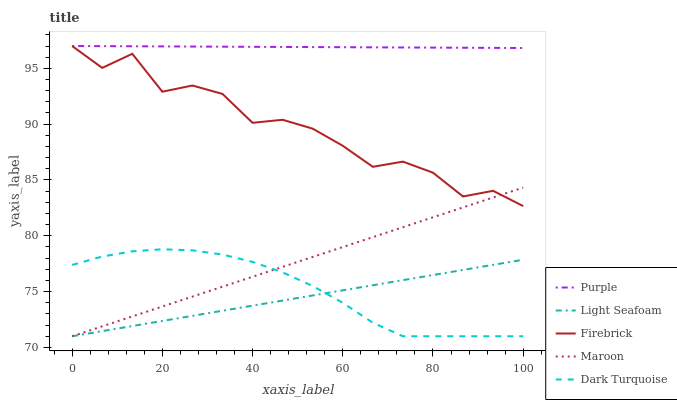
| xaxis_label | Purple | Light Seafoam | Firebrick | Maroon | Dark Turquoise |
 | --- | --- | --- | --- | --- | --- |
 | 0 | 97 | 71 | 97 | 71 | 77.4 |
 | 6.67 | 97 | 71.5 | 95 | 71.9 | 78.1 |
 | 13.3 | 97 | 71.9 | 96.3 | 72.8 | 78.6 |
 | 20 | 97 | 72.4 | 92.9 | 73.7 | 78.8 |
 | 26.7 | 97 | 72.8 | 93.5 | 74.6 | 78.7 |
 | 33.3 | 96.9 | 73.3 | 92.7 | 75.4 | 78.3 |
 | 40 | 96.9 | 73.7 | 90.1 | 76.3 | 77.7 |
 | 46.7 | 96.9 | 74.2 | 90.4 | 77.2 | 76.7 |
 | 53.3 | 96.9 | 74.7 | 89.6 | 78.1 | 75.5 |
 | 60 | 96.9 | 75.1 | 88.1 | 79 | 74 |
 | 66.7 | 96.9 | 75.6 | 86.2 | 79.9 | 72.2 |
 | 73.3 | 96.9 | 76 | 86.6 | 80.8 | 71 |
 | 80 | 96.9 | 76.5 | 85.7 | 81.7 | 71 |
 | 86.7 | 96.8 | 76.9 | 83.5 | 82.5 | 71 |
 | 93.3 | 96.8 | 77.4 | 84 | 83.4 | 71 |
 | 100 | 96.8 | 77.9 | 82.7 | 84.3 | 71 |